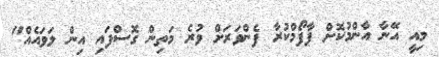
މިއީ އޭނާ އާންމުކޮށް ޕާފޯމްކުރާ ފެންވަރަށް ވުރެ މަތިން ގޮސްފައި އިން ލަވައެއް"